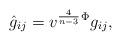
LaTeX: \begin{align*}\hat g_{ij}= v^{\frac{4}{n-3}}{}^{\Phi}g_{ij},\end{align*}